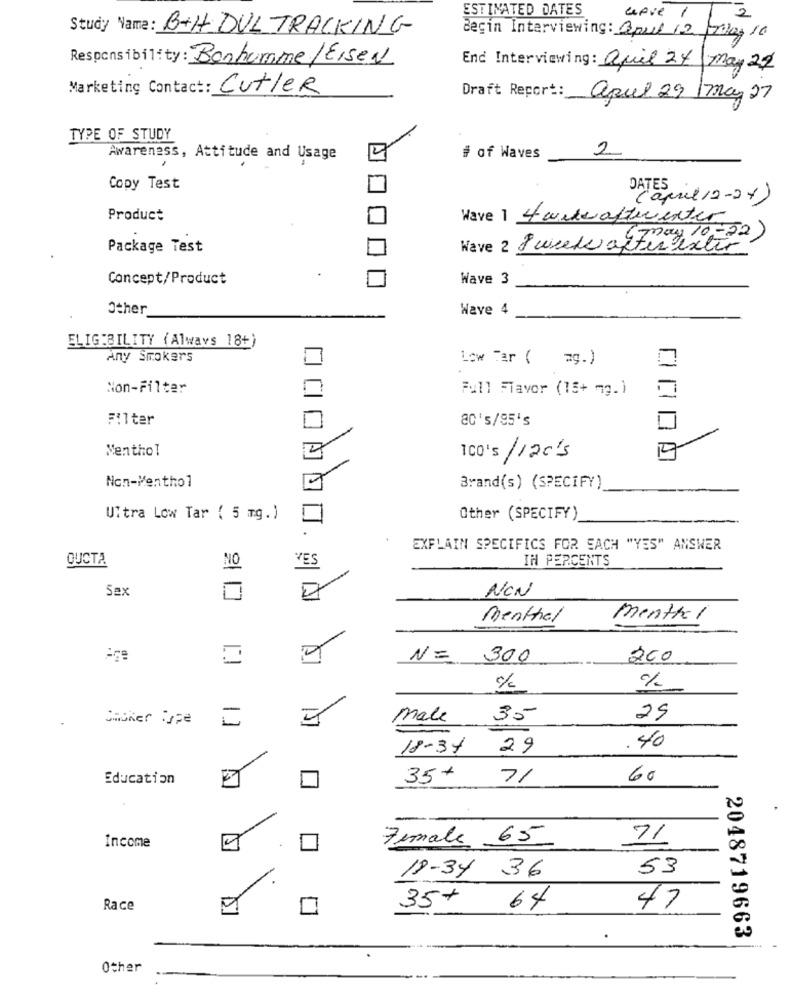
ESTIMATED DATES
afve 1
2
Study Name: B+H DULTRACKING
Begin Interviewing: Qpul 12/Mag 10
Responsibility: Bonhomme / Eisen
End Interviewing: Quil 24 may 21
Marketing Contact: Cutler
Draft Report: apul 29 /may 27
TYPE OF STUDY
2
Awareness, Attitude and Usage
# of Waves
Copy Test
Product
Wave 1 4 wide after enter
may 10 - 52)
Package Test
Wave 2 Pweek after extir
Concept/Product
Wave 3
Other
Wave 4
ELIGIBILITY (Always 18+)
Any Smokers
Low Tar ( ag.)
Non-Filter
Full Flavor (15+ 72. )
Filter
20's/85's
Menthol
100's/120/5
Non-Menthol
Brand(s) (SPECIFY)
Ultra Low Tar ( 5 mg. )
Other (SPECIFY)
EXPLAIN SPECIFICS FOR EACH "YES" ANSWER
OUCTA
NO
VES
IH PERCENTS
NON
Sex
Menthal
menthal
N=
300
200
Sooner Type
male
35
25
18-34 29
.40
Education
35+
71
60
Female 65
71
Income
53
19-34 36
Race
35+
64
47
2048719663
Other